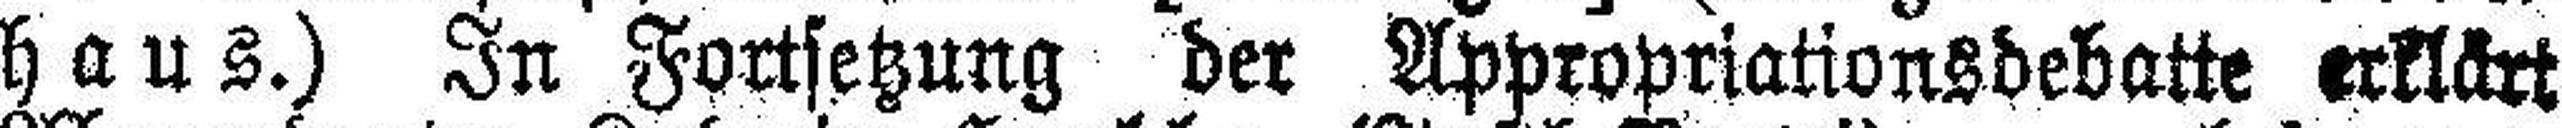
haus.) In Fortsetzung der Appropriationsdebatte erklärt